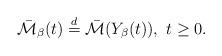
LaTeX: \begin{align*}\bar{\mathcal{M}}_{\beta}(t)\stackrel{d}{=}\bar{\mathcal{M}}(Y_{\beta}(t)),\ t\ge0.\end{align*}